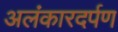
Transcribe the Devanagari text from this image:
अलंकारदर्पण